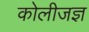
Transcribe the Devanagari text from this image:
कोलीजज्ञ